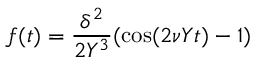
f ( t ) = { \frac { \delta ^ { 2 } } { 2 Y ^ { 3 } } } ( \cos ( 2 \nu Y t ) - 1 )